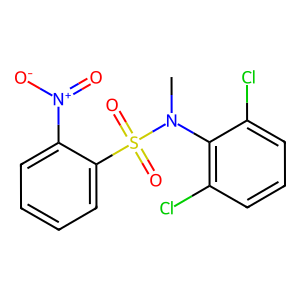
SMILES: CN(c1c(Cl)cccc1Cl)S(=O)(=O)c1ccccc1[N+](=O)[O-]
Inhibits HIV replication: No